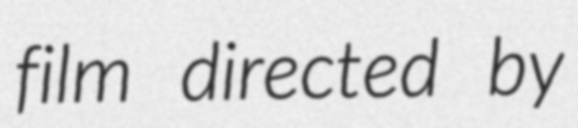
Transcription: film directed by